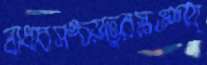
বাধাবসঙ্চয়তুরস্কওশয্